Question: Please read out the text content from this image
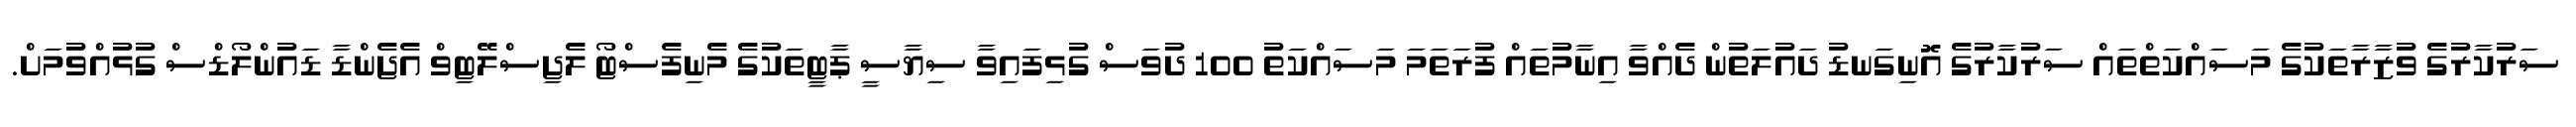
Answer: ސަރުކާރުގެ ވުޒާރާތަކުގެ މަސައްކަތްތައް ސަރުކާރުގެ އޮނިގަނޑު ދައުލަތުން ދެއްވާ އިނާމުތައް ފުރަތަމަ މަސައްކަތު 100 ދުވަސް ގުޅިފައިވާ ސިޔާސީ ޕާޓީތަކުގެ މެނިފެސްޓޯ ލެޖިސްލޭޓިވް އެޖެންޑާ ޑައުންލޯޑްސް ގުޅުއްވުމަށް.